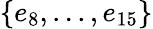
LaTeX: \{ e_{8},...,e_{15}\}